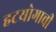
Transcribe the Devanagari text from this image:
हटयोगाची